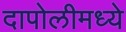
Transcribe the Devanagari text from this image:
दापोलीमध्ये